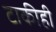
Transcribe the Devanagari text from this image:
टाकीही